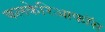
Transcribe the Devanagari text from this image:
कलकेरिआफॉस